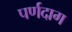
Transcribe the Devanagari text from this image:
पर्णदाग